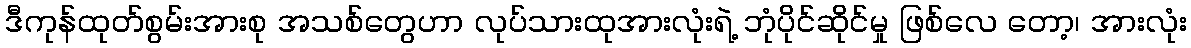
ဒီကုန်ထုတ်စွမ်းအားစု အသစ်တွေဟာ လုပ်သားထုအားလုံးရဲ့ ဘုံပိုင်ဆိုင်မှု ဖြစ်လေ တော့၊ အားလုံး